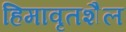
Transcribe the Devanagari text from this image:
हिमावृतशैल